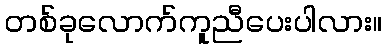
တစ်ခုလောက်ကူညီပေးပါလား။